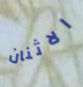
الاثنان